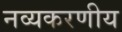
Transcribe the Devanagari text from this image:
नव्यकरणीय